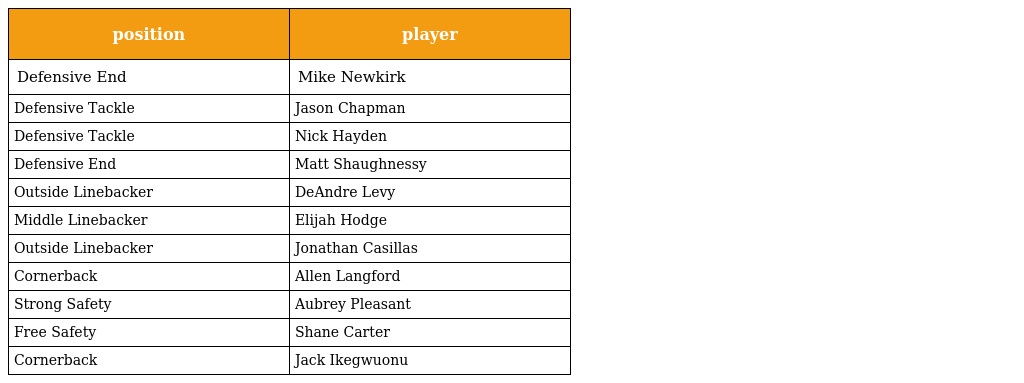
| position | player |
 | --- | --- |
 | Defensive End | Mike Newkirk |
 | Defensive Tackle | Jason Chapman |
 | Defensive Tackle | Nick Hayden |
 | Defensive End | Matt Shaughnessy |
 | Outside Linebacker | DeAndre Levy |
 | Middle Linebacker | Elijah Hodge |
 | Outside Linebacker | Jonathan Casillas |
 | Cornerback | Allen Langford |
 | Strong Safety | Aubrey Pleasant |
 | Free Safety | Shane Carter |
 | Cornerback | Jack Ikegwuonu |